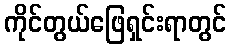
ကိုင်တွယ်ဖြေရှင်းရာတွင်